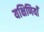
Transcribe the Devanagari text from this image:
यक्षिणियाँ